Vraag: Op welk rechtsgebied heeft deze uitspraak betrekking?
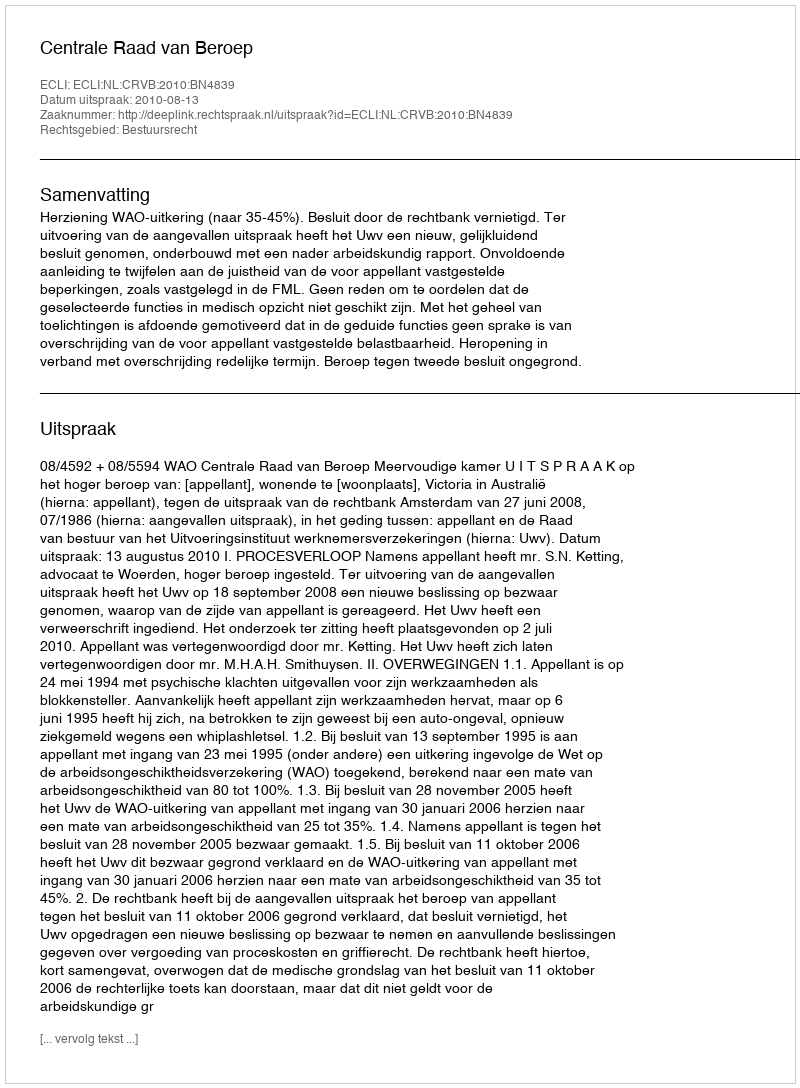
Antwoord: Bestuursrecht